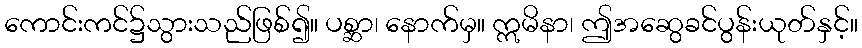
ကောင်းကင်၌သွားသည်ဖြစ်၍။ ပစ္ဆာ၊ နောက်မှ။ ဣမိနာ၊ ဤအဆွေခင်ပွန်းယုတ်နှင့်။